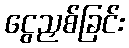
ငွေညှစ်ခြင်း